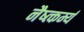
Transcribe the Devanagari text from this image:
नैष्त्कर्म्य